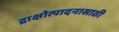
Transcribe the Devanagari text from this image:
द्राक्षोत्पादनासाठी